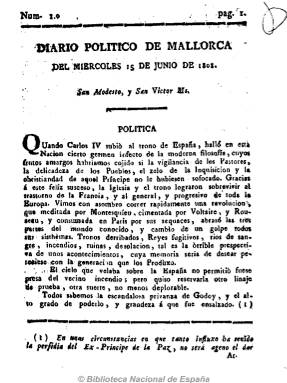
Título: Diario político de Mallorca
Colección: Periódicos anteriores a 1850
Ámbito geográfico: Baleares
Lugar de publicación: Palma de Mallorca
Fechas: 15/06/1808-14/08/1808

Periódico patriótico y reaccionario, favorable a Fernando VII, la religión católica y al antiguo régimen (por ejemplo, partidario de la Inquisición) y contrario a la ilustración. Editado y redactado por el capellán Sebastián Hernández y Morejón. Primer periódico balear con frecuencia diaria; en números de cuatro páginas y paginación continuada. Estampado “con Superior permiso”, y, por tanto, bajo los auspicios de la Junta Patriótica, sin indicación de imprenta hasta el número 13, de 27 de junio de 1808. A partir de entonces en la imprenta de Buenaventura Villalonga. Comienza con el santoral y está dividido en dos partes. La primera dedicada al artículo doctrinal, bajo el epígrafe de “Política”, da cuenta de su visión de la reciente historia española y europea. En la segunda, titulada “Noticias particulares”, incluye extractos y resúmenes de periódicos sobre los acontecimientos de la guerra napoleónica en España y Europa, así como otras noticias locales, como el movimiento portuario de la ciudad. Publicó 61 números, hasta el 14 de agosto, cuando cesa al tener que viajar su editor a la península.